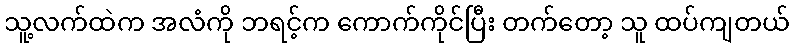
သူ့လက်ထဲက အလံကို ဘရင့်က ကောက်ကိုင်ပြီး တက်တော့ သူ ထပ်ကျတယ်